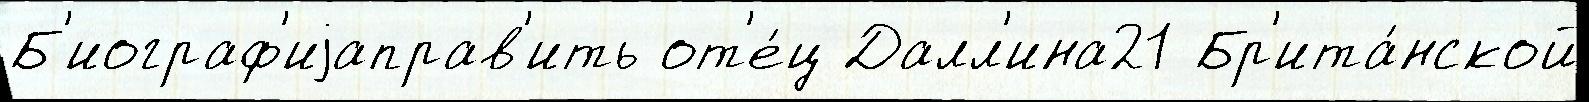
Б'иограф'иjаправ'ить от'е́ц Далл'ина21 Бр'ита́нской